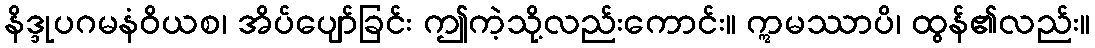
နိဒ္ဒုပဂမနံဝိယစ၊ အိပ်ပျော်ခြင်း ဤကဲ့သို့လည်းကောင်း။ ဣမဿာပိ၊ ထွန်၏လည်း။